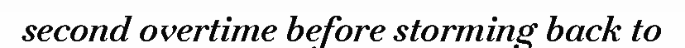
second overtime before storming back to